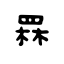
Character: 罧